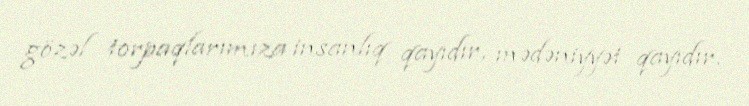
gözəl torpaqlarımıza insanlıq qayıdır, mədəniyyət qayıdır.